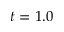
t = 1 . 0